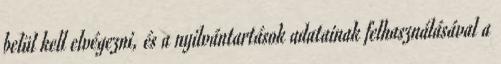
belül kell elvégezni, és a nyilvántartások adatainak felhasználásával a